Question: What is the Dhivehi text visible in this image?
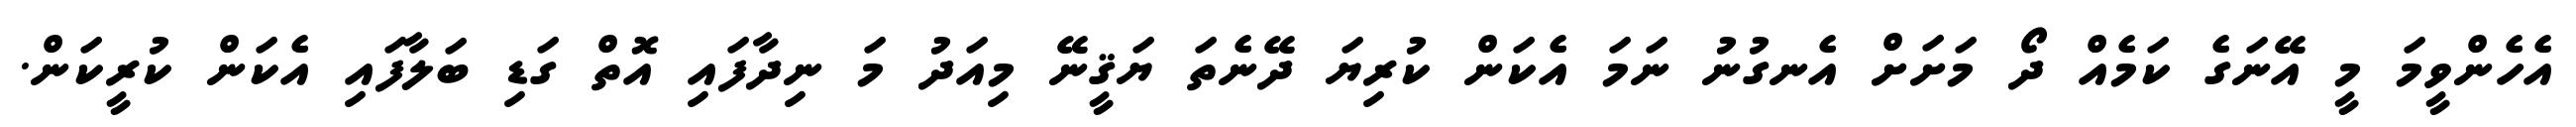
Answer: އެހެންވީމަ މީ އޭނަގެ ކަމެއް ދޯ މަށަށް އެނގުނު ނަމަ އެކަން ކުރިޔަ ދޭނެތަ ޔަޤީނޭ މިއަދު މަ ނިދާފައި އޮތް ގަޑި ބަލާފައި އެކަން ކުރީކަން.